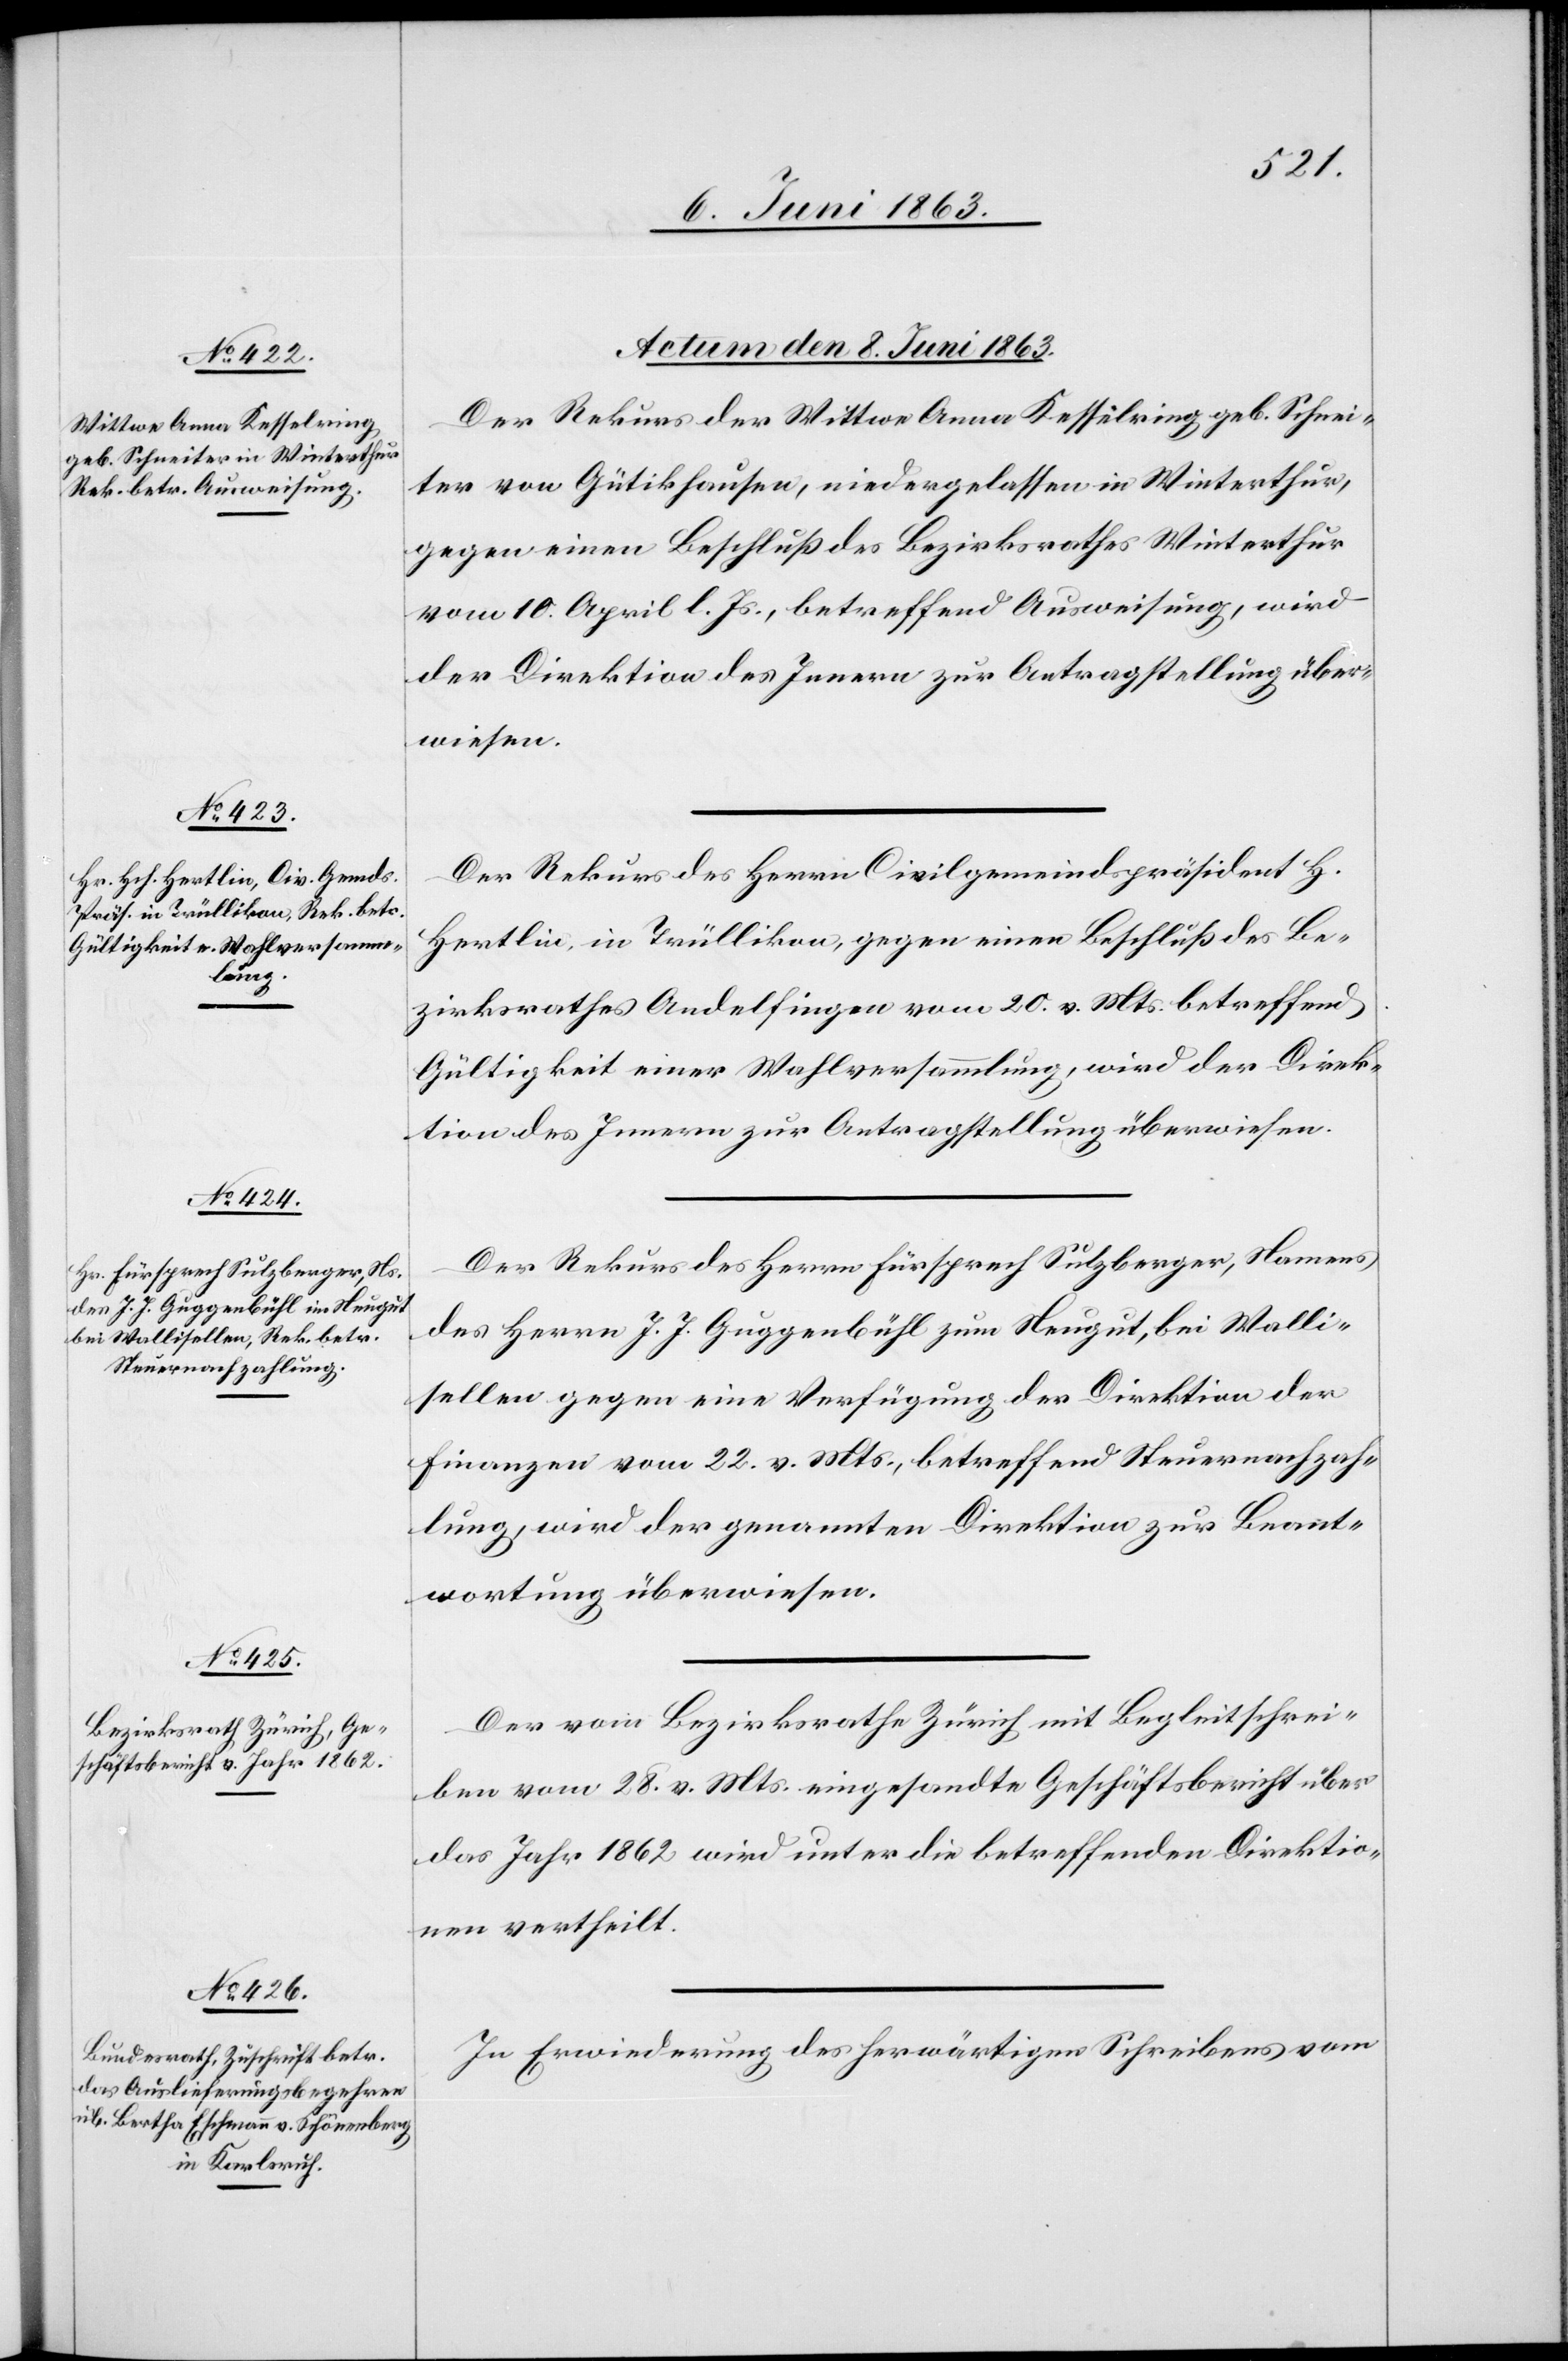
Actum den 8. Juni 1863.]
Der Rekurs der Wittwe Anna Kesselring geb. Schnei¬
ter von Gütikhausen, niedergelassen in Winterthur,
gegen einen Beschluß des Bezirksrathes Winterthur
vom 10. April l. Js., betreffend Ausweisung, wird
der Direktion des Innern zur Antragstellung über¬
wiesen.
Der Rekurs des Herrn Civilgemeindspräsident H.
Hertlin, in Trüllikon, gegen einen Beschluß des Be¬
zirksrathes Andelfingen vom 20. v. Mts. betreffend
Gültigkeit einer Wahlversammlung, wird der Direk¬
tion des Innern zur Antragstellung überwiesen.
Der Rekurs des Herrn Fürsprech Sulzberger, Namens
des Herrn J. J. Guggenbühl zum Neugut, bei Walli¬
sellen gegen eine Verfügung der Direktion der
Finanzen vom 22. v. Mts., betreffend Steuernachzah¬
lung, wird der genannten Direktion zur Beant¬
wortung überwiesen.
Der vom Bezirksrathe Zürich mit Begleitschrei¬
ben vom 28. v. Mts. eingesandte Geschäftsbericht über
das Jahr 1862 wird unter die betreffenden Direktio¬
nen vertheilt.
In Erwiederung des herwärtigen Schreibens vom